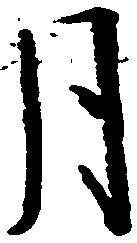
月